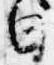
日